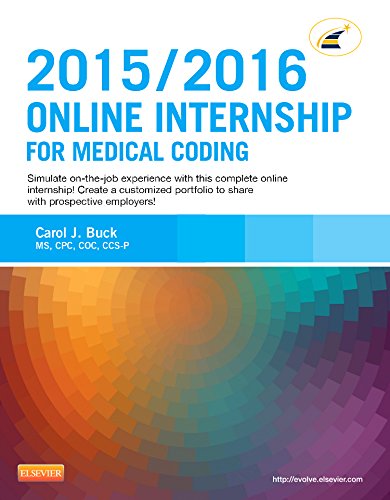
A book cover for Online Internship for Medical Coding 2015/2016 Edition (Retail Access Card), 1e; Carol J. Buck MS  CPC  CCS-P; Medical Books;